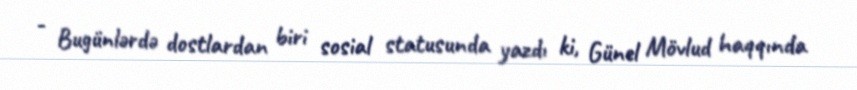
- Bugünlərdə dostlardan biri sosial statusunda yazdı ki, Günel Mövlud haqqında